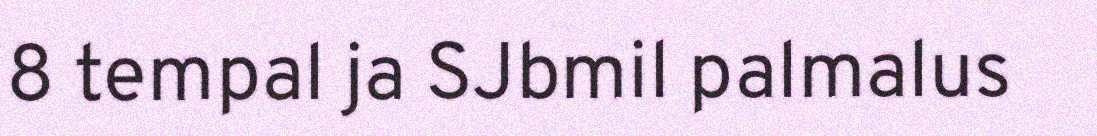
8 tempal ja SJbmil palmalus